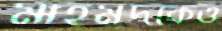
মাহমুদকেও